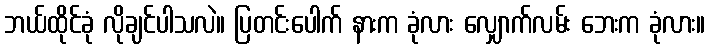
ဘယ်ထိုင်ခုံ လိုချင်ပါသလဲ။ ပြတင်းပေါက် နားက ခုံလား လျှောက်လမ်း ဘေးက ခုံလား။